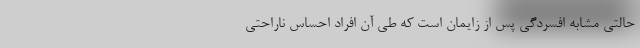
حالتی مشابه افسردگی پس از زایمان است که طی آن افراد احساس ناراحتی